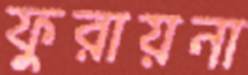
ফুরায়না